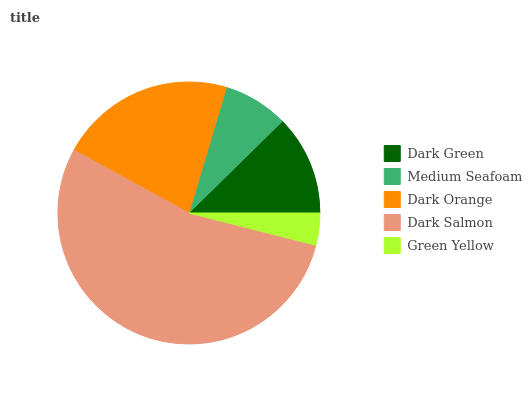
| Dark Green | Medium Seafoam | Dark Orange | Dark Salmon | Green Yellow |
 | --- | --- | --- | --- | --- |
 | 12.4% | 8.04% | 21.7% | 54% | 3.95% |